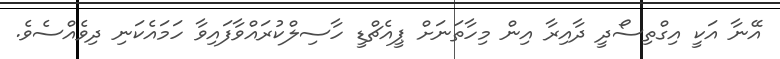
އޭނާ އަކީ އިގްތިސޯދީ ދާއިރާ އިން މިހާތަނަށް ޕީއެޗްޑީ ހާސިލްކުރައްވާފައިވާ ހަމައެކަނި ދިވެއްސެވެ.